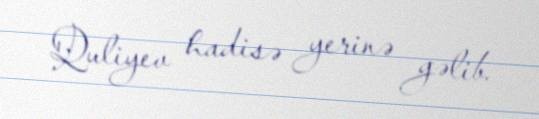
Quliyev hadisə yerinə gəlib.